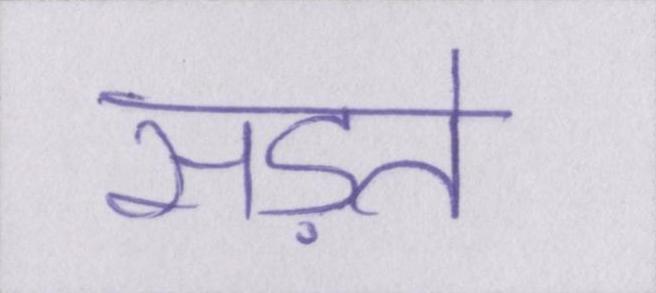
सड़ते